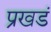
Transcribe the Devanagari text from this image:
प्रखडं